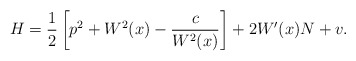
\begin{align*} H=\frac 12\left[p^2+W^2(x) -\frac{c}{W^2(x)}\right]+2W'(x)N+v.\end{align*}